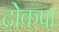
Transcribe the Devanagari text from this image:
द्रोकपा